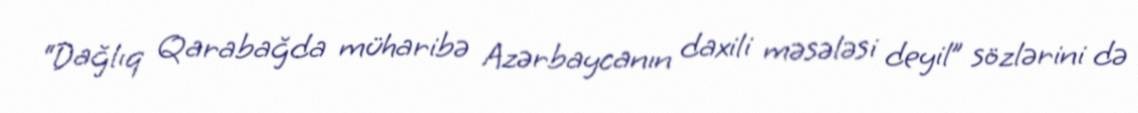
“Dağlıq Qarabağda müharibə Azərbaycanın daxili məsələsi deyil” sözlərini də